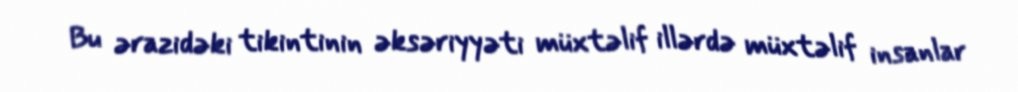
Bu ərazidəki tikintinin əksəriyyəti müxtəlif illərdə müxtəlif insanlar